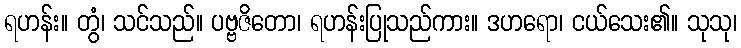
ရဟန်း။ တွံ၊ သင်သည်။ ပဗ္ဗဇိတော၊ ရဟန်းပြုသည်ကား။ ဒဟရော၊ ငယ်သေး၏။ သုသု၊